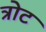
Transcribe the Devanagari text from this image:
त्रोट